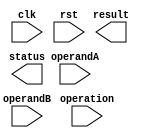
module floating_point_unit (
    input wire clk,
    input wire rst,
    input wire [31:0] operandA,
    input wire [31:0] operandB,
    input wire [1:0] operation,
    output reg [31:0] result,
    output reg [3:0] status
);

// Input and Output registers
reg [31:0] reg_operandA;
reg [31:0] reg_operandB;
reg [31:0] reg_result;

// Control logic
always @ (posedge clk or posedge rst)
begin
    if (rst)
        control_logic <= 2'b00; // default operation is addition
    else
        control_logic <= operation;
end

// Arithmetic logic unit
always @ (posedge clk or posedge rst)
begin
    if (rst)
        reg_result <= 32'h0;
    else
    begin
        case (control_logic)
            2'b00: reg_result <= reg_operandA + reg_operandB; // addition
            2'b01: reg_result <= reg_operandA - reg_operandB; // subtraction
            2'b10: reg_result <= reg_operandA * reg_operandB; // multiplication
            2'b11: reg_result <= reg_operandA / reg_operandB; // division
        endcase
    end
end

// Floating point representation conversion logic

// Round-off logic

// Overflow and underflow detection logic

// Status registers

// Testbench
initial
begin
    // Initalize operands
    reg_operandA <= operandA;
    reg_operandB <= operandB;
    
    // Run simulations to verify functionality
end

endmodule